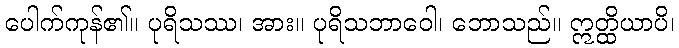
ပေါက်ကုန်၏။ ပုရိသဿ၊ အား။ ပုရိသဘာဝေါ၊ ဘောသည်။ ဣတ္ထိယာပိ၊